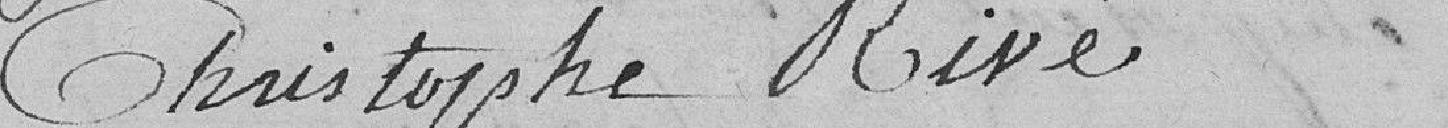
Christophe Rivé